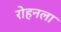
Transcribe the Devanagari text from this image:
रोहनला